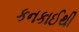
કનકાઈથી